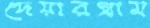
দেয়ারগ্রাম